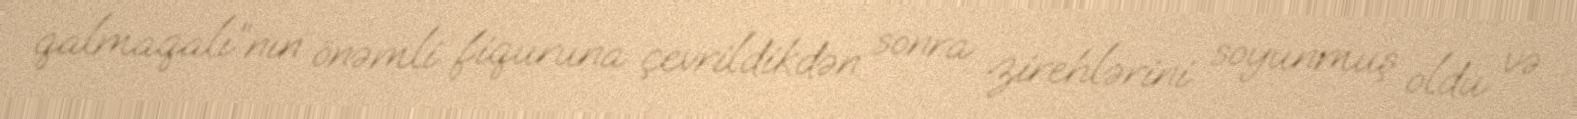
qalmaqalı”nın önəmli fiquruna çevrildikdən sonra zirehlərini soyunmuş oldu və